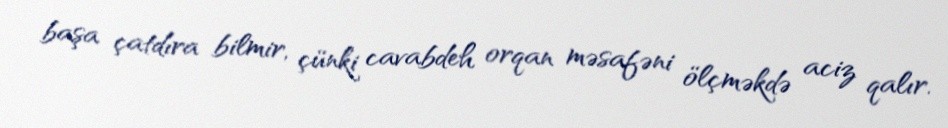
başa çatdıra bilmir, çünki cavabdeh orqan məsafəni ölçməkdə aciz qalır.